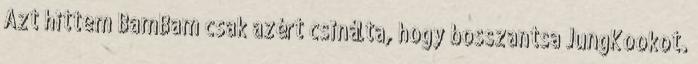
Azt hittem BamBam csak azért csinálta, hogy bosszantsa JungKookot.